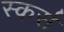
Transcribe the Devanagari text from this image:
स्कर्स